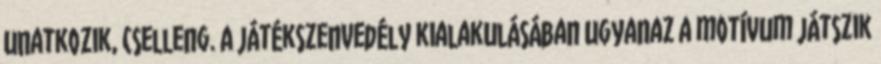
unatkozik, cselleng. A játékszenvedély kialakulásában ugyanaz a motívum játszik